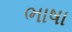
ભાષા